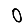
Digit: 0